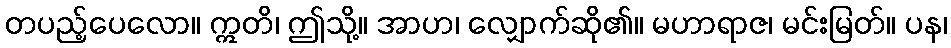
တပည့်ပေလော။ ဣတိ၊ ဤသို့။ အာဟ၊ လျှောက်ဆို၏။ မဟာရာဇ၊ မင်းမြတ်။ ပန၊